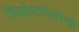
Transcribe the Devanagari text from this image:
त्रिकोणमितींची